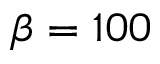
\beta = 1 0 0